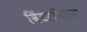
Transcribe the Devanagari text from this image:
विंटरनिट्‌स